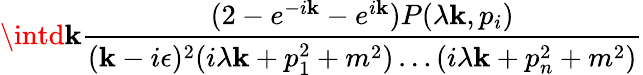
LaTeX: \intd\mathbf{k}\frac{{(2-e^{-i\mathbf{k}}-e^{i\mathbf{k}})P(\lambda\mathbf{k},p_{i})}}{{(\mathbf{k}-i\epsilon)^{2}(i\lambda\mathbf{k}+p_{1}^{2}+m^{2})\ldots(i\lambda\mathbf{k}+p_{n}^{2}+m^{2})}}